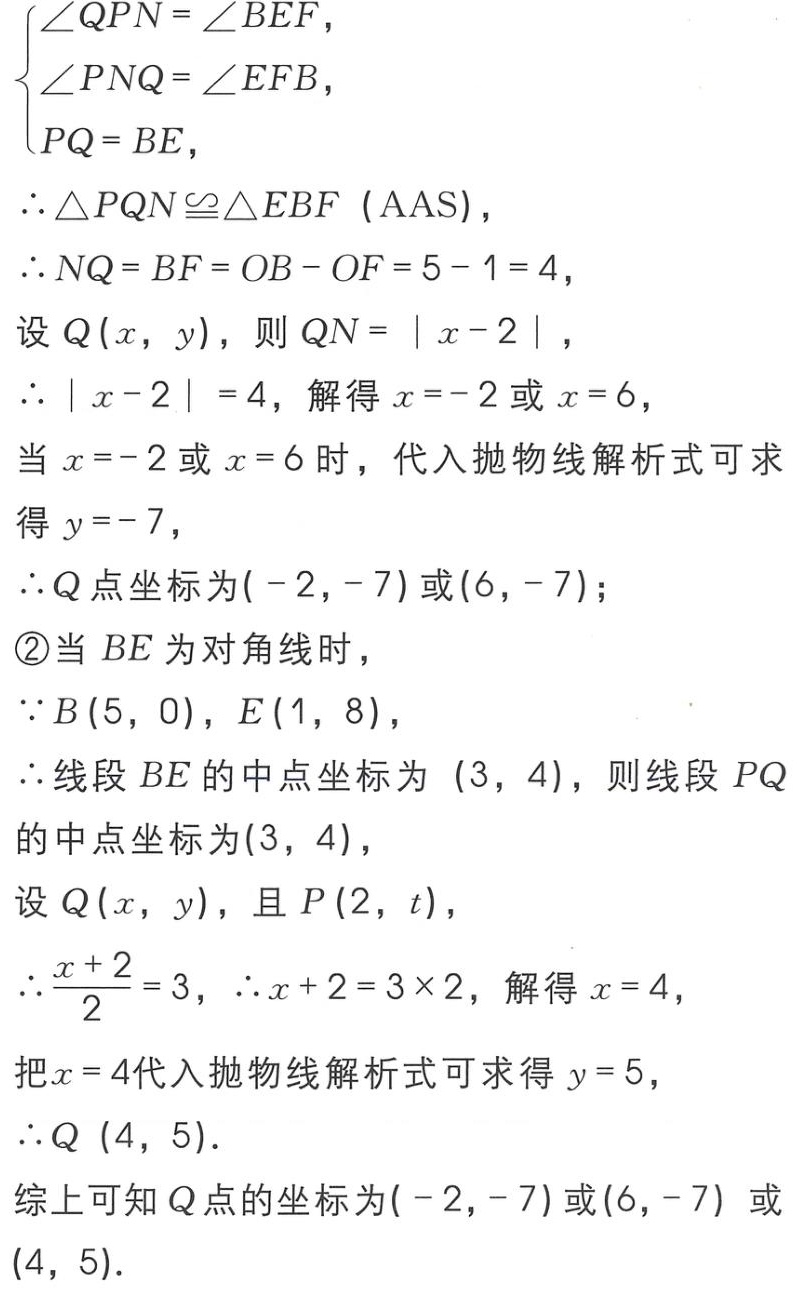
\(\begin{cases}
\angle QPN = \angle BEF,\\
\angle PNQ = \angle EFB,\\
PQ = BE,
\end{cases}\)
\(\therefore \triangle PQN\cong\triangle EBF\ (\text{AAS})\)，
\(\therefore NQ = BF = OB - OF = 5 - 1 = 4\)，
设 \(Q(x,y)\)，则 \(QN = |x - 2|\)，
\(\therefore |x - 2| = 4\)，解得 \(x = - 2\)或 \(x = 6\)，
当 \(x = - 2\)或 \(x = 6\)时，代入抛物线解析式可求得 \(y = - 7\)，
\(\therefore Q\)点坐标为\(( - 2, - 7)\)或\((6, - 7)\)；
\textcircled{2}当 \(BE\)为对角线时，
\(\because B(5,0)\)，\(E(1,8)\)，
\(\therefore\)线段 \(BE\)的中点坐标为 \((3,4)\)，则线段 \(PQ\)的中点坐标为\((3,4)\)，
设 \(Q(x,y)\)，且 \(P(2,t)\)，
\(\therefore\frac{x + 2}{2} = 3\)，\(\therefore x + 2 = 3\times2\)，解得 \(x = 4\)，
把\(x = 4\)代入抛物线解析式可求得 \(y = 5\)，
\(\therefore Q\ (4,5)\).
综上可知 \(Q\)点的坐标为\(( - 2, - 7)\)或\((6, - 7)\) 或\((4,5)\).